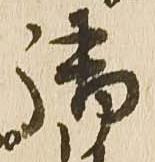
御